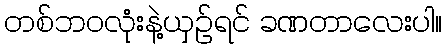
တစ်ဘဝလုံးနဲ့ယှဉ်ရင် ခဏတာလေးပါ။